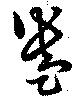
盎